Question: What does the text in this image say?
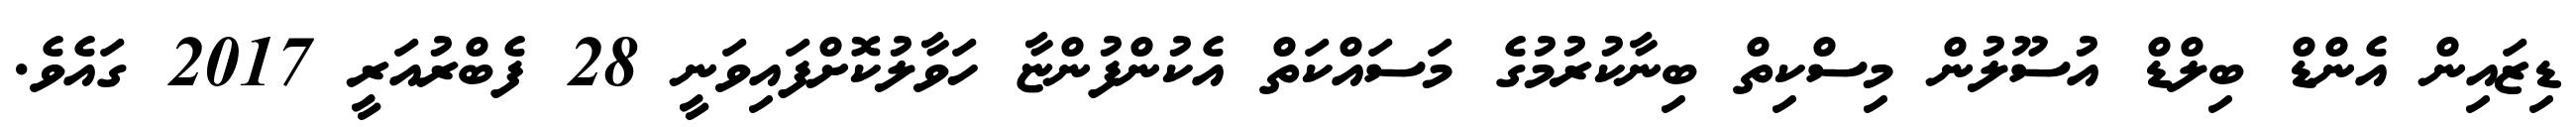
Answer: ޑިޒައިން އެންޑް ބިލްޑް އުސޫލުން މިސްކިތް ބިނާކުރުމުގެ މަސައްކަތް އެކުންފުންޏާ ހަވާލުކޮށްފައިވަނީ 28 ފެބްރުއަރީ 2017 ގައެވެ.